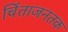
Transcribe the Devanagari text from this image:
चिंताजनतक